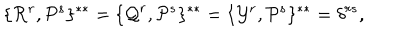
LaTeX: \{ { \cal R } ^ { r } , { \cal P } ^ { s } \} ^ { * * } = \{ { \cal Q } ^ { r } , { \cal P } ^ { s } \} ^ { * * } = \{ { \cal Y } ^ { r } , { \cal P } ^ { s } \} ^ { * * } = \delta ^ { r s } ,